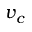
v _ { c }